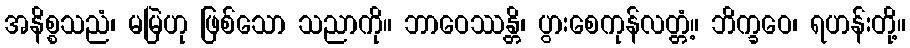
အနိစ္စသညံ၊ မမြဲဟု ဖြစ်သော သညာကို။ ဘာဝေဿန္တိ၊ ပွားစေကုန်လတ္တံ့။ ဘိက္ခဝေ၊ ရဟန်းတို့။